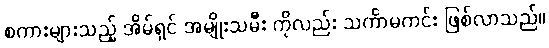
စကားများသည့် အိမ်ရှင် အမျိုးသမီး ကိုလည်း သင်္ကာမကင်း ဖြစ်လာသည်။